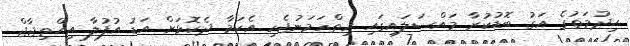
ޙިދުމަތުގެ އަގު ބޮޑުކުރާ މައްސަލައިގައި ހިތްހަމަނުޖެހި އެކަމާ ދެކޮޅަށް އަޑު އުފުލާ އިޙްތިޖާޖް